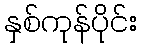
နှစ်ကုန်ပိုင်း